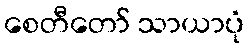
စေတီတော် သာယာပုံ